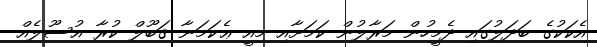
އެކަކުގެ ބަދަލުގައި ދެމީހުން މަރާލުން ކަމަށާއި މިއީ ޢެކަމަނާ ޤަބޫލް ކުރާ އުސޫލެއް